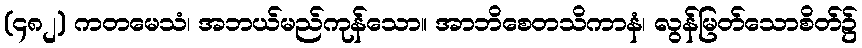
(၄၈၂) ကတမေသံ၊ အဘယ်မည်ကုန်သော။ အာဘိစေတသိကာနံ၊ လွန်မြတ်သောစိတ်၌